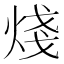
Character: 𪸶